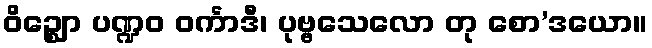
ဝိဉ္ဈော ပဏ္ဍဝ ဝင်္ကာဒီ၊ ပုဗ္ဗသေလော တု စော’ဒယော။